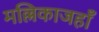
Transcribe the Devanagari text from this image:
मल्लिकाजहाँ